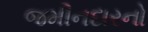
જમીનદારનો